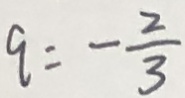
q = - \frac { 2 } { 3 }